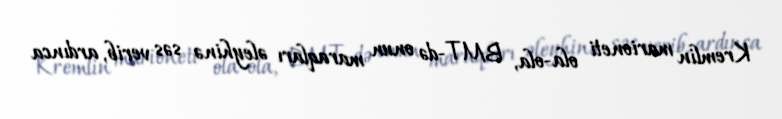
Kremlin marioneti ola-ola, BMT-də onun maraqları əleyhinə səs verib, ardınca